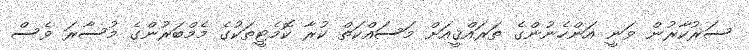
ސަރުކާރުން ވަނީ އަންހެނުންގެ ތަރައްޤީއަށް މަސައްކަތް ކުރާ ކޮމެޓީތަކުގެ މެމްބަރުންގެ މުސާރަ ވެސް